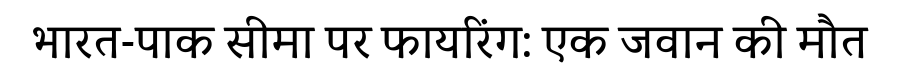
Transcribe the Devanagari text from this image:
भारत-पाक सीमा पर फायरिंग: एक जवान की मौत